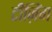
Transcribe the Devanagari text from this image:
टीज़िंग